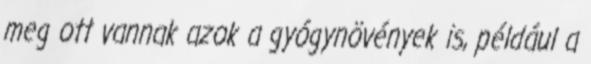
meg ott vannak azok a gyógynövények is, például a